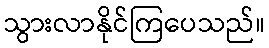
သွားလာနိုင်ကြပေသည်။